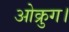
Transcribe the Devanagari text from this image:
ओक्रुग।